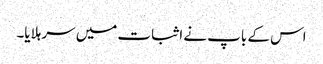
اس کے باپ نے اثبات میں سر ہلایا۔